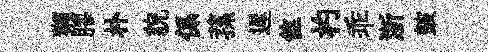
獺膠朴貌係蓀遲隹杓乖浙皷